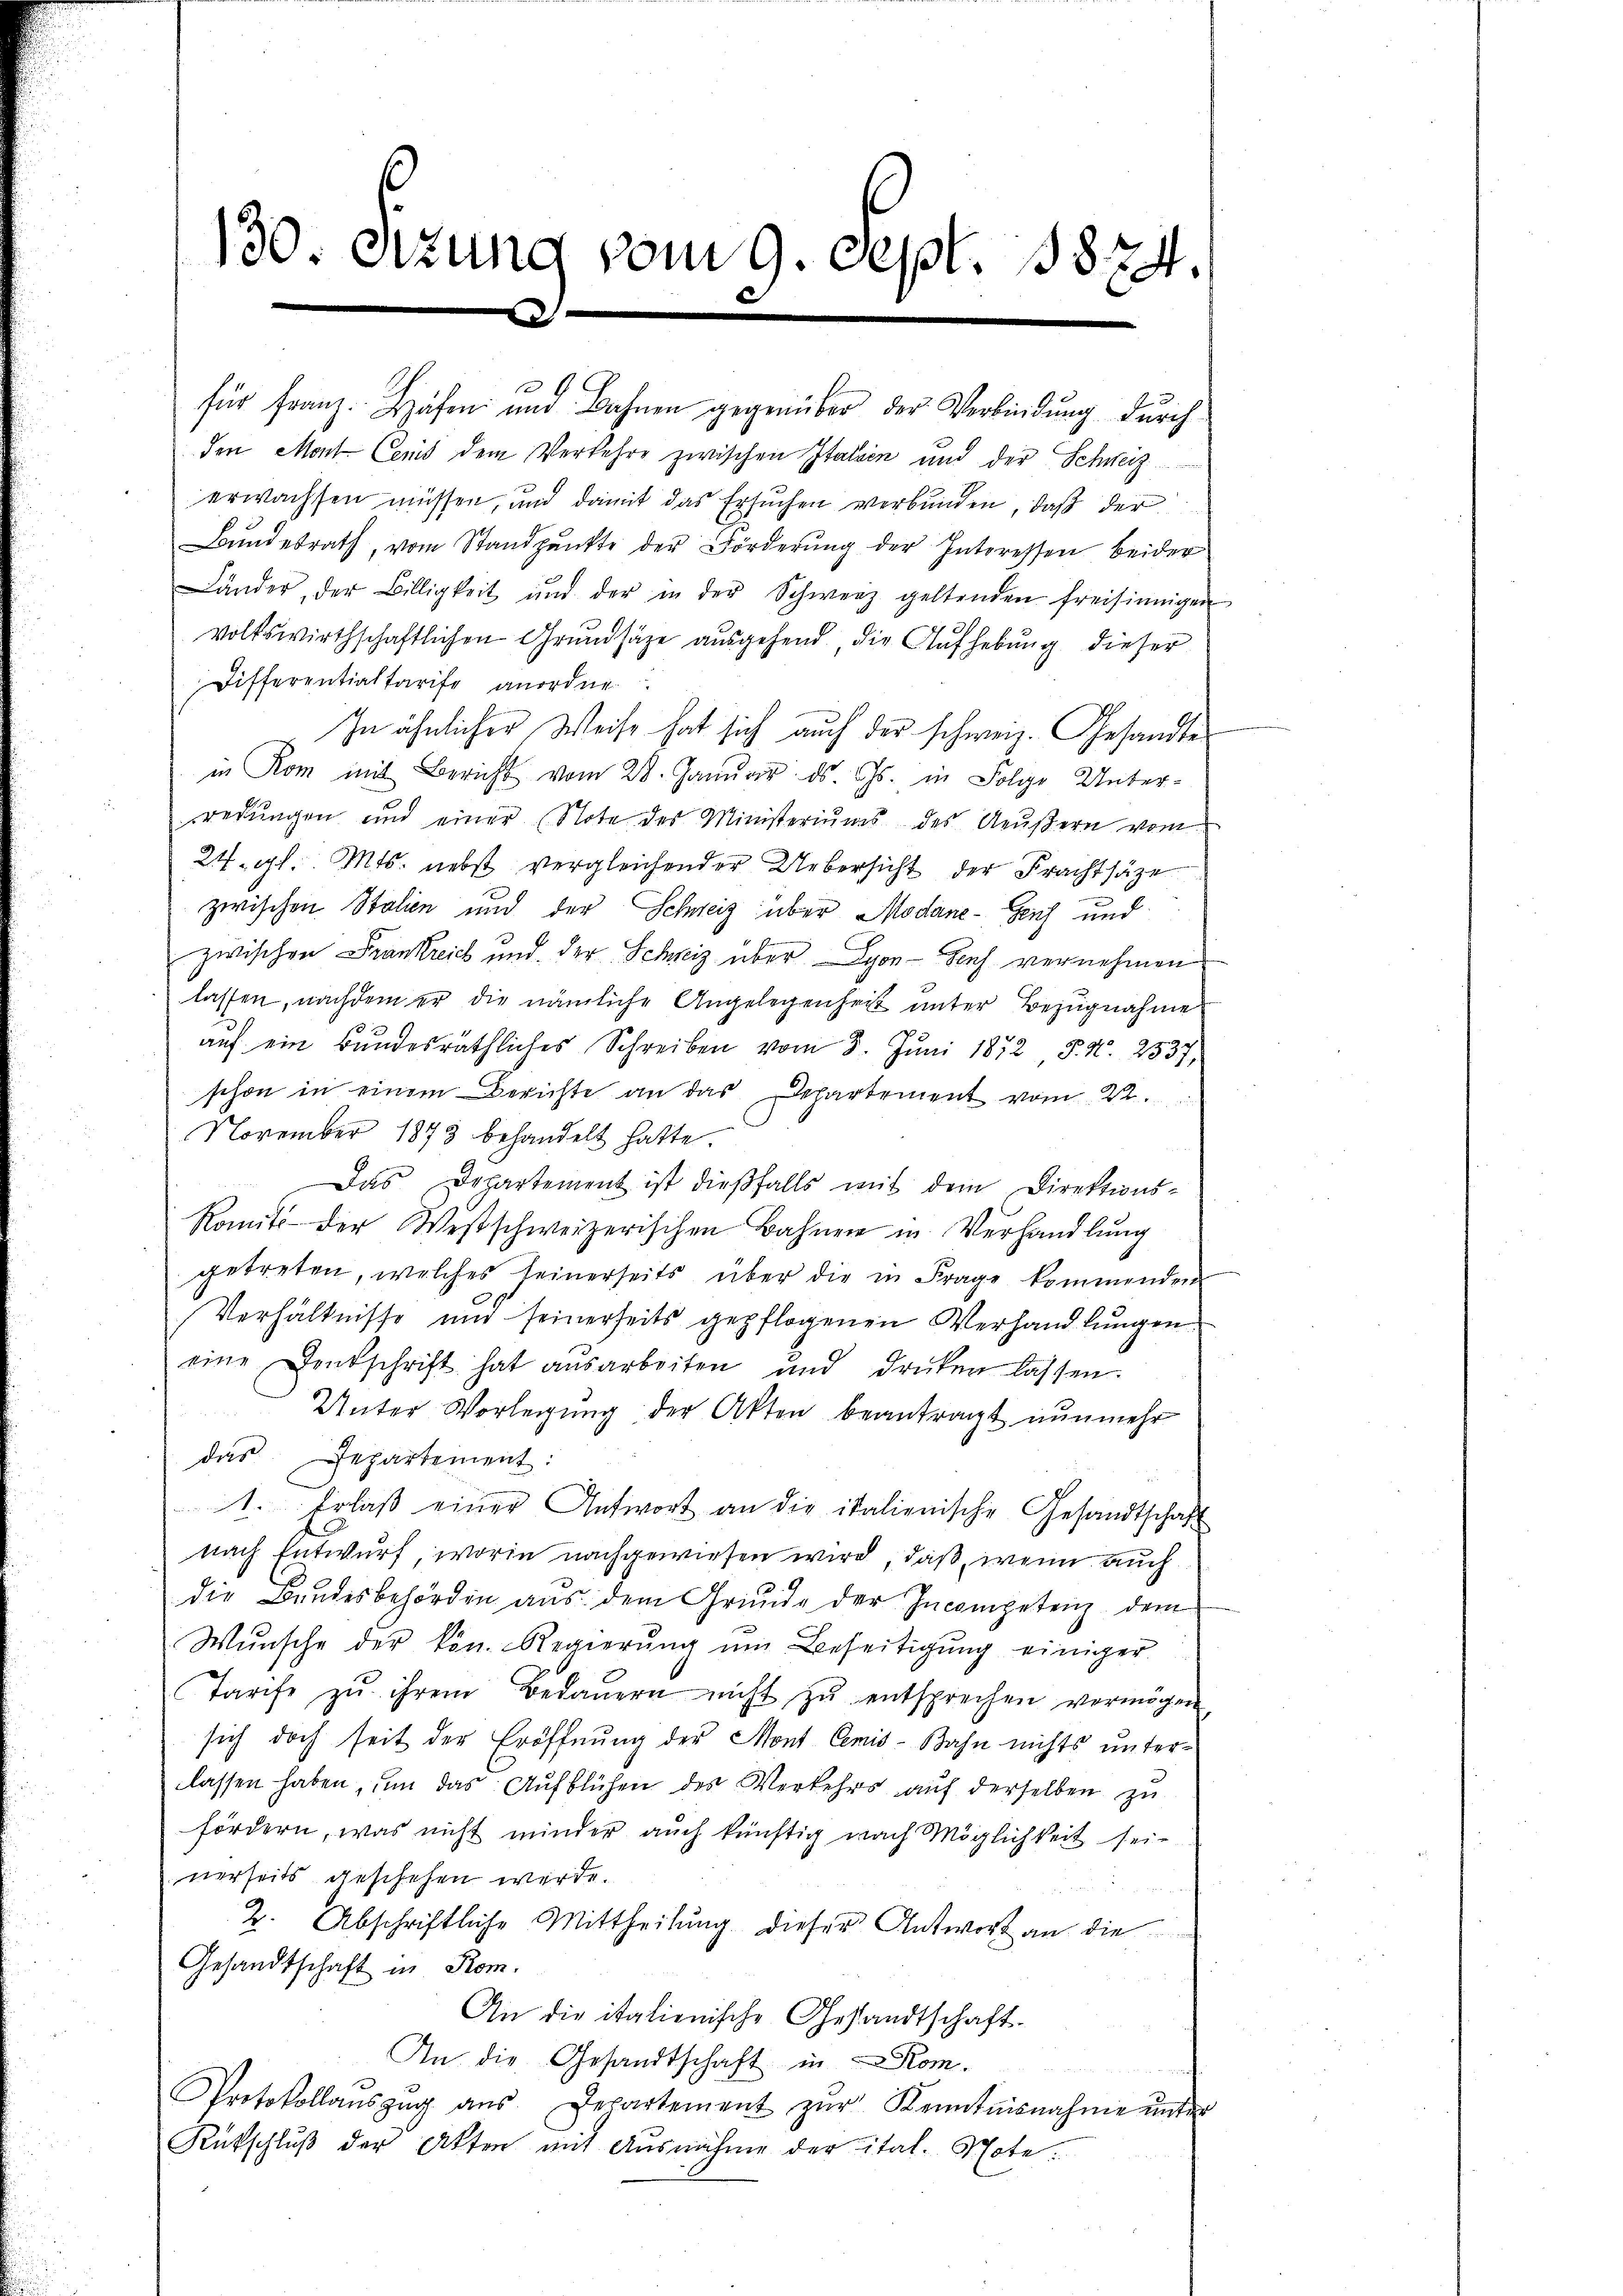
130. Sizung vom 9. Sept. 1874.
2

für Franz. Hafen und Bahnen gegenüber der Verbindung durch
den Mont Cens dem Verkehre zwischen Italien und der Schweiz
erwachsen müssen, und damit das Ersuchen verbunden, daß der
Bundesrath, vom Standpunkte der Förderung der Interessen beider
Länder der Billigkeit und der in der Schweiz geltenden freisinnigen
volkswirthschaftlichen Grundsätze ausgehend, die Aufhebung dieser
Differentialtarife anordne
In ähnlicher Weise hat sich auch der schweiz. Gesandte
in Rom mit Bericht vom 28. Janŭar ds. Gs. in Folge Unterredŭngen und einer Note des Ministeriŭms des Neŭβern vom
24. gl. Mts. nebst vergleichender Uebersicht der Frachtsäze
zwischen Stalien und der Schweiz über Modane- Genf und
zwischen Frankreich und der Schweiz über Lyon-Senf vernehmen
lassen, nachdem er die nämliche Angelegenheit unter Bezugnahme
auf ein Bundesräthliches Schreiben vom 3. Juni 1872 P. Nr. 2537,
schon in einem Berichte an das Departement vom 22.
November 1873 behandelt hatte.
Das Departement ist dießfalls mit dem Direktions¬
Romit der Westschweizerischen Bahner in Verhandlŭng
getreten, welches seinerseits über die in Frage kommenden
Verhältnisse und seinerseits gepflogenen Verhandlungen
eine Denkschrift hat ausarbeiten und drüken lassen.
Unter Vorlegŭng der Akten beantragt nunmehr
das Departement:
1. Erlaß einer Antwort an die italienische Gesandtschaft
nach Entwurf, worin nachgewiesen wird, daß, wenn auch
die Bundesbehörden aus dem Grunde der Incompetenz, dem
Wŭnsche der kön. Regierŭng ŭm Beseitigŭng einiger
Tarife zu ihrem Bedauern nicht zŭ entsprechen vermögen
sich doch seit der Eröffnung der Mont Cemis-Bahn nichts unterlassen haben, um das Aufblühen des Verkehrs auf derselben zu
fördern, was nicht minder auch künftig nach Möglichkeit seinerseits geschehen werde.
2. Abschriftliche Mittheilŭng dieser Antwort an die
Gesandtschaft in Rom.
An die italienische Gestandtschaft.
An die Gesandtschaft in Rom.
e
Protokollauszug aus Departement zŭr Kenntnisnahme ŭnter
Rückschluß der Akten mit Ausnahme der ital. Note: